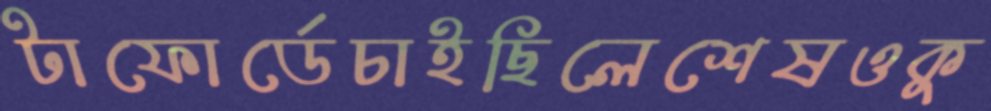
টাফোর্ডেচাইছিলেশেষওকু